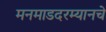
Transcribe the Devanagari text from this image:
मनमाडदरम्यानचे